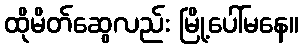
ထိုမိတ်ဆွေလည်း မြို့ပေါ်မနေ။